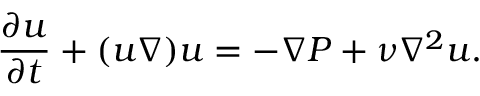
{ \frac { \partial u } { \partial t } } + ( u \nabla ) u = - \nabla P + \nu \nabla ^ { 2 } u .